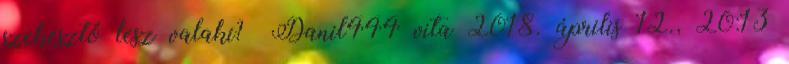
szekesztő lesz valaki?– Danil444 vita 2018. április 12., 20:13